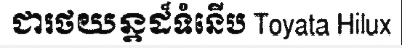
ជារថយន្តដ៏ទំនើប Toyata Hilux